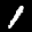
Label: 1